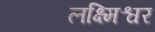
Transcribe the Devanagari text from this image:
लक्ष्मिश्वर